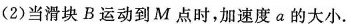
(2)当滑块B运动到M点时，加速度a的大小.